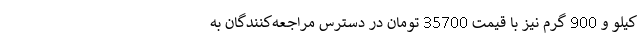
کیلو و 900 گرم نیز با قیمت 35700 تومان در دسترس مراجعه‌کنندگان به